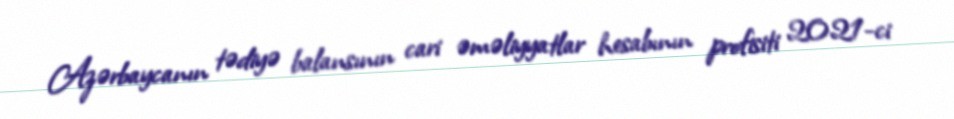
Azərbaycanın tədiyə balansının cari əməliyyatlar hesabının profisiti 2021-ci